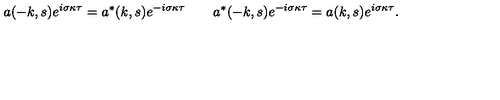
a ( - k , s ) e ^ { i \sigma \kappa \tau } = a ^ { * } ( k , s ) e ^ { - i \sigma \kappa \tau } \qquad a ^ { * } ( - k , s ) e ^ { - i \sigma \kappa \tau } = a ( k , s ) e ^ { i \sigma \kappa \tau } .